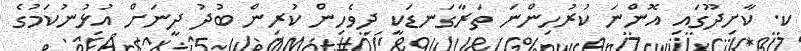
ކ. ކާށިދޫގައި އޮންނަ ކުރުހިންނަ ތަރާގަނޑަކީ ދިވެހިން ކުރިން ބުދު ދީނަށް އުޅުނުކަމުގެ